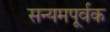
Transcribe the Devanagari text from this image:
सन्यमपूर्वक